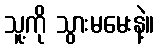
သူ့ကို သွားမမေးနဲ့။